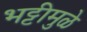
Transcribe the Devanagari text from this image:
भट्टीमुळे